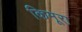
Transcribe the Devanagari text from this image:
किमूरा